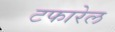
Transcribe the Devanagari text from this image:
टफारेल